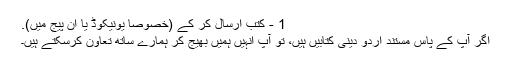
1 - کتب ارسال کر کے (خصوصا یونیکوڈ یا ان پیج میں).
اگر آپ کے پاس مستند اردو دینی کتابیں ہیں، تو آپ انہیں ہمیں بھیج کر ہمارے ساتھ تعاون کرسکتے ہیں۔